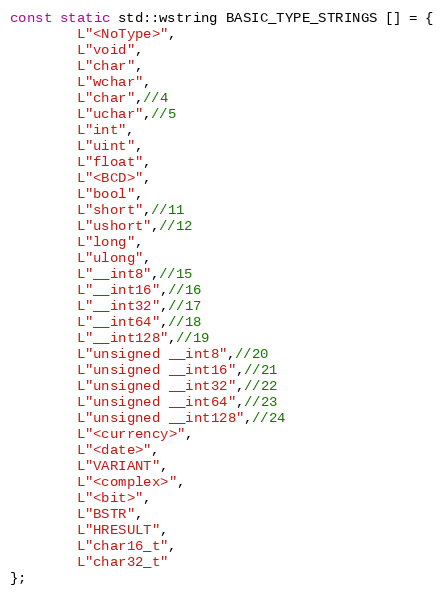
Language: C++
const static std::wstring BASIC_TYPE_STRINGS [] = {
		L"<NoType>",
		L"void",
		L"char",
		L"wchar",
		L"char",//4
		L"uchar",//5
		L"int",
		L"uint",
		L"float",
		L"<BCD>",
		L"bool",
		L"short",//11
		L"ushort",//12
		L"long",
		L"ulong",
		L"__int8",//15
		L"__int16",//16
		L"__int32",//17
		L"__int64",//18
		L"__int128",//19
		L"unsigned __int8",//20
		L"unsigned __int16",//21
		L"unsigned __int32",//22
		L"unsigned __int64",//23
		L"unsigned __int128",//24
		L"<currency>",
		L"<date>",
		L"VARIANT",
		L"<complex>",
		L"<bit>",
		L"BSTR",
		L"HRESULT",
		L"char16_t",
		L"char32_t"
};